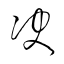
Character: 決